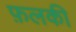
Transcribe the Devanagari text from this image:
फ़लकी